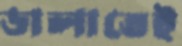
ডালাতেই